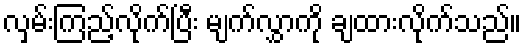
လှမ်းကြည့်လိုက်ပြီး မျက်လွှာကို ချထားလိုက်သည်။